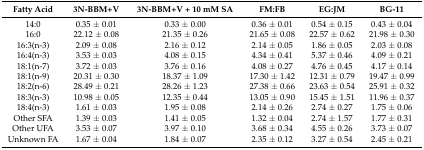
<table><thead><tr><td><b>Fatty Acid</b></td><td><b>3N-BBM+V</b></td><td><b>3N-BBM+V + 10 mM SA</b></td><td><b>FM:FB</b></td><td><b>EG:JM</b></td><td><b>BG-11</b></td></tr></thead><tbody><tr><td>14:0</td><td>0.35 ± 0.01</td><td>0.33 ± 0.00</td><td>0.36 ± 0.01</td><td>0.54 ± 0.15</td><td>0.43 ± 0.04</td></tr><tr><td>16:0</td><td>22.12 ± 0.08</td><td>21.35 ± 0.26</td><td>21.65 ± 0.08</td><td>22.57 ± 0.62</td><td>21.98 ± 0.30</td></tr><tr><td>16:3(n-3)</td><td>2.09 ± 0.08</td><td>2.16 ± 0.12</td><td>2.14 ± 0.05</td><td>1.86 ± 0.05</td><td>2.03 ± 0.08</td></tr><tr><td>16:4(n-3)</td><td>3.53 ± 0.03</td><td>4.08 ± 0.15</td><td>4.34 ± 0.41</td><td>5.37 ± 0.46</td><td>4.09 ± 0.21</td></tr><tr><td>18:1(n-7)</td><td>3.72 ± 0.03</td><td>3.76 ± 0.16</td><td>4.08 ± 0.27</td><td>4.76 ± 0.45</td><td>4.17 ± 0.14</td></tr><tr><td>18:1(n-9)</td><td>20.31 ± 0.30</td><td>18.37 ± 1.09</td><td>17.30 ± 1.42</td><td>12.31 ± 0.79</td><td>19.47 ± 0.99</td></tr><tr><td>18:2(n-6)</td><td>28.49 ± 0.21</td><td>28.26 ± 1.23</td><td>27.38 ± 0.66</td><td>23.63 ± 0.54</td><td>25.91 ± 0.32</td></tr><tr><td>18:3(n-3)</td><td>10.98 ± 0.05</td><td>12.35 ± 0.44</td><td>13.05 ± 0.90</td><td>15.45 ± 1.51</td><td>11.96 ± 0.37</td></tr><tr><td>18:4(n-3)</td><td>1.61 ± 0.03</td><td>1.95 ± 0.08</td><td>2.14 ± 0.26</td><td>2.74 ± 0.27</td><td>1.75 ± 0.06</td></tr><tr><td>Other SFA</td><td>1.39 ± 0.03</td><td>1.41 ± 0.05</td><td>1.32 ± 0.04</td><td>2.74 ± 1.57</td><td>1.77 ± 0.31</td></tr><tr><td>Other UFA</td><td>3.53 ± 0.07</td><td>3.97 ± 0.10</td><td>3.68 ± 0.34</td><td>4.55 ± 0.26</td><td>3.73 ± 0.07</td></tr><tr><td>Unknown FA</td><td>1.67 ± 0.04</td><td>1.84 ± 0.07</td><td>2.35 ± 0.12</td><td>3.27 ± 0.54</td><td>2.45 ± 0.21</td></tr></tbody></table>